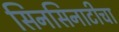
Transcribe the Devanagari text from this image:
सिनसिनाटीचा